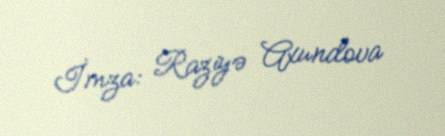
İmza: Raziyə Axundova